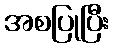
အစပြုပြီး